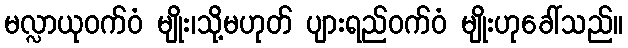
မလ္လာယုဝက်ဝံ မျိုး၊သို့မဟုတ် ပျားရည်ဝက်ဝံ မျိုးဟုခေါ်သည်။